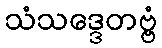
သံသဒ္ဒေတဗ္ဗံ